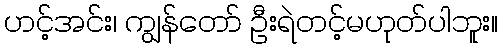
ဟင့်အင်း၊ ကျွန်တော် ဦးရဲတင့်မဟုတ်ပါဘူး။